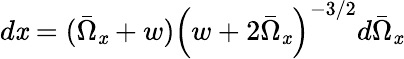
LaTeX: d\mathit{x}=(\bar{{\Omega}}_{\mathit{x}}+w)\left(w+2\bar{{\Omega}}_{\mathit{x}}\right)^{-3/2}d\bar{{\Omega}}_{\mathit{x}}